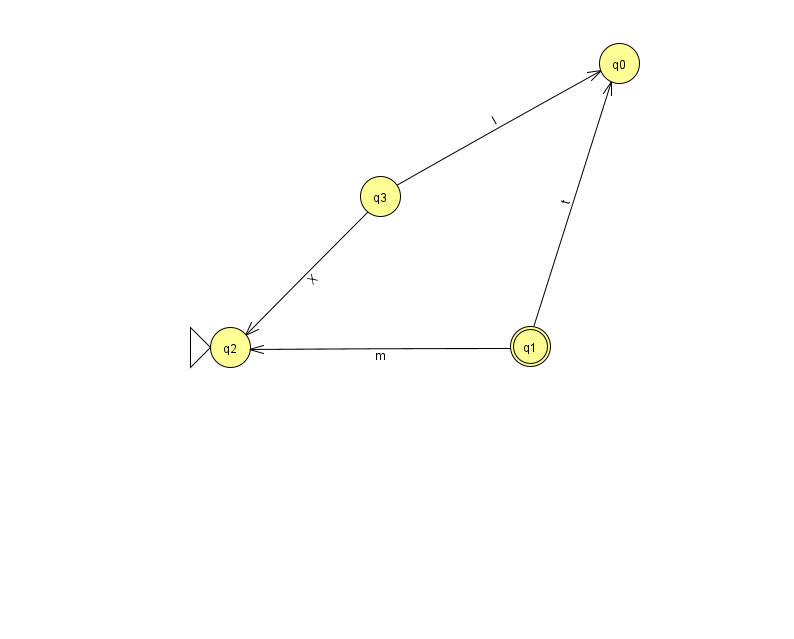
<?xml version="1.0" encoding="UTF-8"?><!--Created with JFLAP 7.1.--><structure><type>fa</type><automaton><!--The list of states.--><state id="0" name="q0"><x>619.0</x><y>50.0</y></state><state id="1" name="q1"><x>530.0</x><y>333.0</y><final/></state><state id="2" name="q2"><x>230.0</x><y>334.0</y><initial/></state><state id="3" name="q3"><x>380.0</x><y>183.0</y></state><!--The list of transitions.--><transition><from>1</from><to>2</to><read>m</read></transition><transition><from>1</from><to>0</to><read>t</read></transition><transition><from>3</from><to>2</to><read>X</read></transition><transition><from>3</from><to>0</to><read>I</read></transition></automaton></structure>